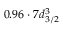
0 . 9 6 \cdot 7 d _ { 3 / 2 } ^ { 3 }